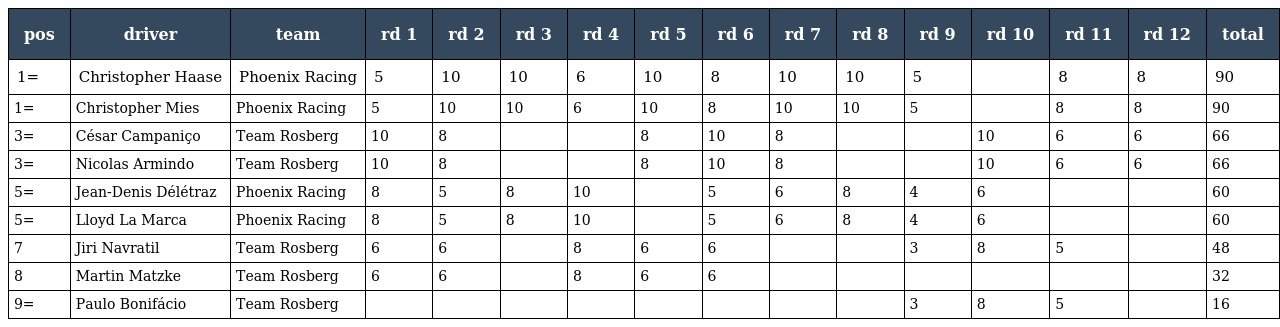
| pos | driver | team | rd 1 | rd 2 | rd 3 | rd 4 | rd 5 | rd 6 | rd 7 | rd 8 | rd 9 | rd 10 | rd 11 | rd 12 | total |
 | --- | --- | --- | --- | --- | --- | --- | --- | --- | --- | --- | --- | --- | --- | --- | --- |
 | 1= | Christopher Haase | Phoenix Racing | 5 | 10 | 10 | 6 | 10 | 8 | 10 | 10 | 5 |  | 8 | 8 | 90 |
 | 1= | Christopher Mies | Phoenix Racing | 5 | 10 | 10 | 6 | 10 | 8 | 10 | 10 | 5 |  | 8 | 8 | 90 |
 | 3= | César Campaniço | Team Rosberg | 10 | 8 |  |  | 8 | 10 | 8 |  |  | 10 | 6 | 6 | 66 |
 | 3= | Nicolas Armindo | Team Rosberg | 10 | 8 |  |  | 8 | 10 | 8 |  |  | 10 | 6 | 6 | 66 |
 | 5= | Jean-Denis Délétraz | Phoenix Racing | 8 | 5 | 8 | 10 |  | 5 | 6 | 8 | 4 | 6 |  |  | 60 |
 | 5= | Lloyd La Marca | Phoenix Racing | 8 | 5 | 8 | 10 |  | 5 | 6 | 8 | 4 | 6 |  |  | 60 |
 | 7 | Jiri Navratil | Team Rosberg | 6 | 6 |  | 8 | 6 | 6 |  |  | 3 | 8 | 5 |  | 48 |
 | 8 | Martin Matzke | Team Rosberg | 6 | 6 |  | 8 | 6 | 6 |  |  |  |  |  |  | 32 |
 | 9= | Paulo Bonifácio | Team Rosberg |  |  |  |  |  |  |  |  | 3 | 8 | 5 |  | 16 |